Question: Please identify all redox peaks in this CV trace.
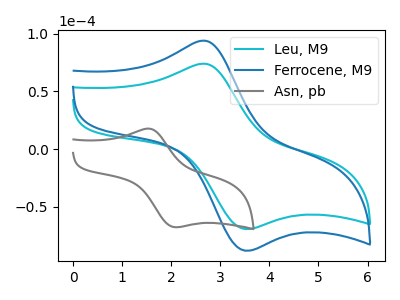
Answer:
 <answer>The cyan curve "Leu, M9" has an anodic peak at (2.65V, 73.95uA) and a cathodic peak at (3.55V, -69.45uA). The blue curve "Ferrocene, M9" has an anodic peak at (2.65V, 93.90uA) and a cathodic peak at (3.55V, -88.20uA). The gray curve "Asn, pb" has an anodic peak at (1.55V, 17.55uA) and a cathodic peak at (2.15V, -67.75uA).</answer>
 <eval></eval>